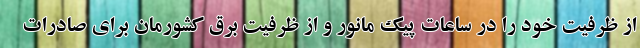
از ظرفیت خود را در ساعات پیک مانور و از ظرفیت برق کشورمان برای صادرات